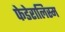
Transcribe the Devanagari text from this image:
फेडेरालिस्म